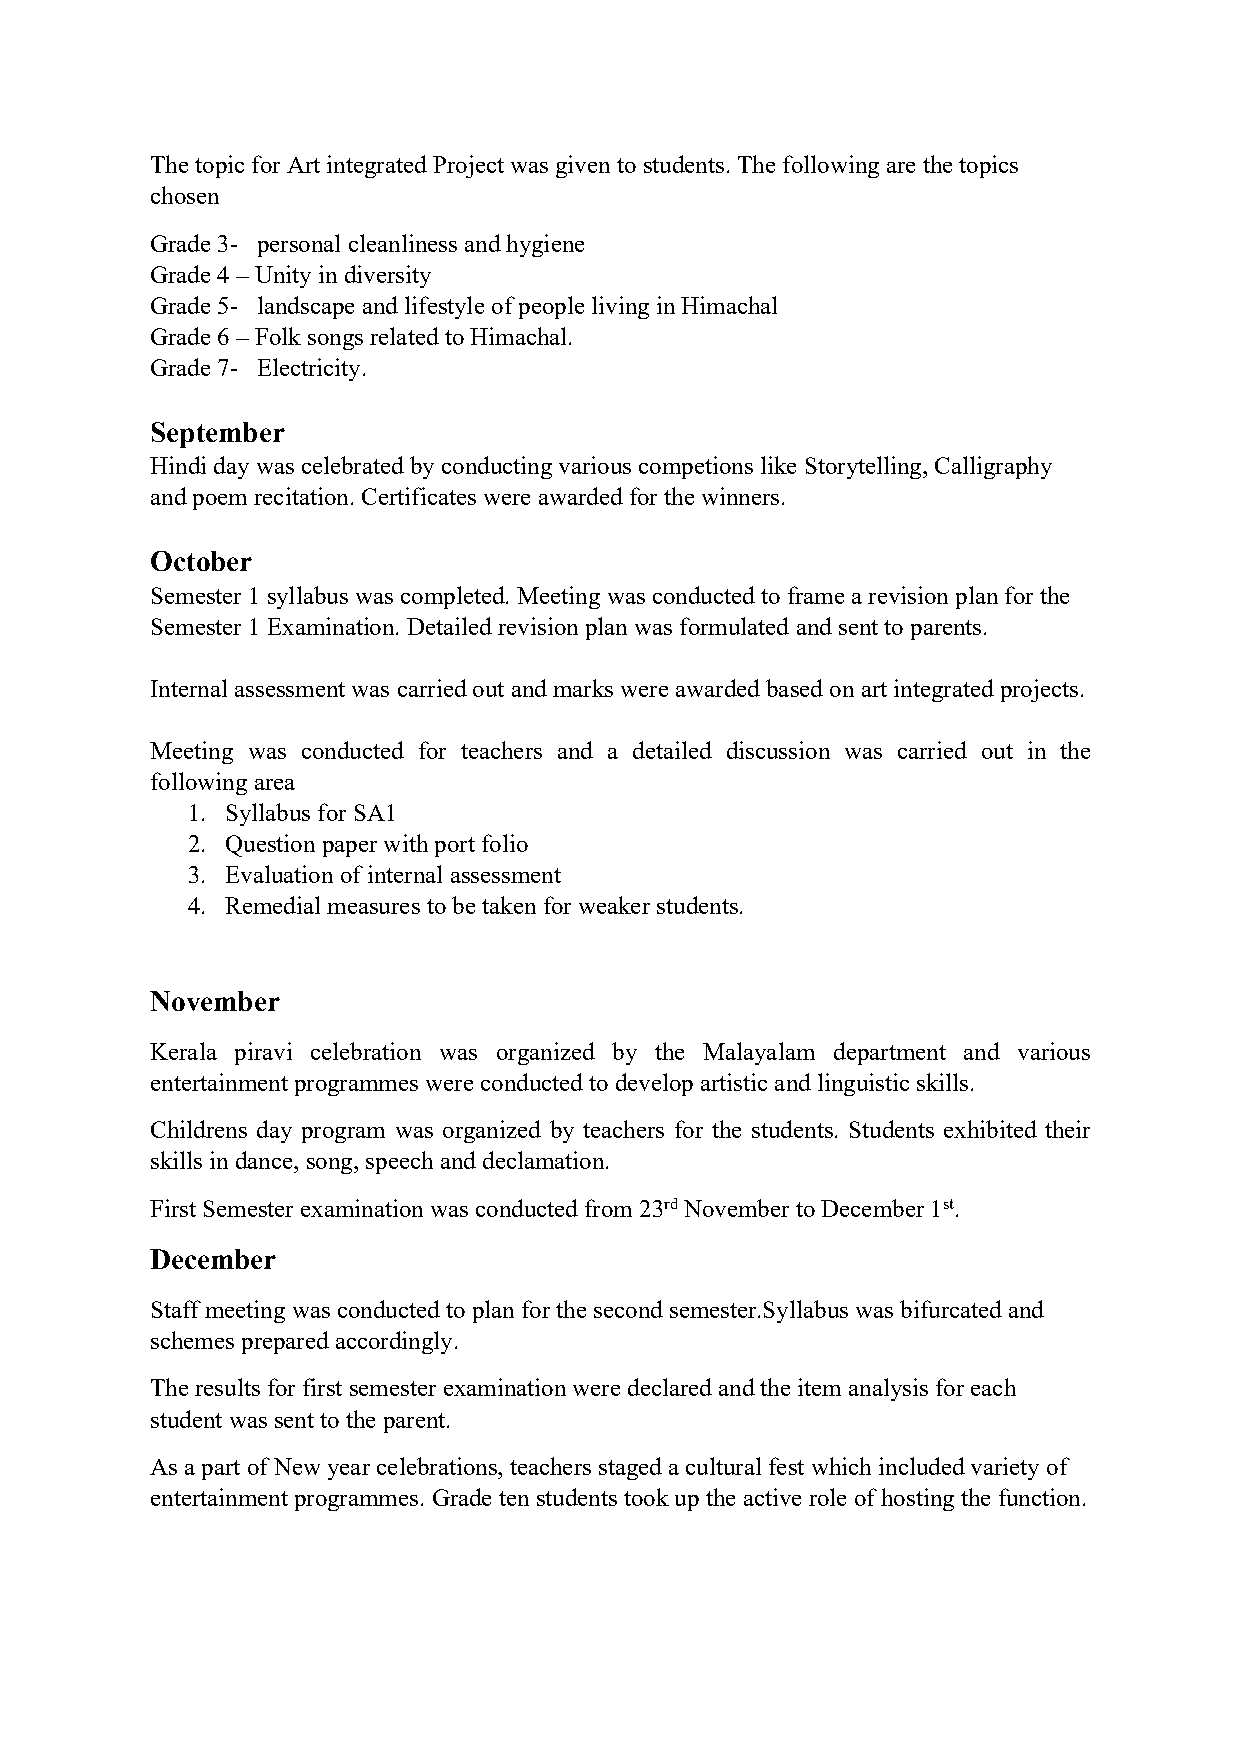
Thetopicfor Art integrated Project was given to students.The following are thetopics
 chosen
 Grade 3- personal cleanliness and hygiene
 Grade 4–Unity in diversity
 Grade 5- landscape and lifestyle ofpeople livingin Himachal
 Grade 6–Folk songs related to Himachal.
 Grade 7- Electricity.
 September
 Hindiday was celebrated byconducting various competions likeStorytelling, Calligraphy
 and poem recitation. Certificates were awarded for thewinners.
 October
 Semester1syllabus was completed. Meeting was conducted to frame arevision plan for the
 Semester1Examination. Detailed revision plan was formulated and sent toparents.
 Internal assessment was carried out and marks were awarded based onart integrated projects.
 Meeting was conducted for teachers and a detailed discussion was carried out in the
 following area
 1. Syllabus for SA1
 2. Question paper with port folio
 3. Evaluation ofinternal assessment
 4. Remedial measures tobetaken forweaker students.
 November
 Kerala piravi celebration was organized by the Malayalam department and various
 entertainment programmes were conducted todevelop artisticand linguisticskills.
 Childrens day program was organized by teachers for the students. Students exhibited their
 skillsin dance, song, speech and declamation.
 First Semester examination was conducted from 23rdNovember toDecember 1st.
 December
 Staffmeeting was conducted toplan for the second semester.Syllabus was bifurcated and
 schemes prepared accordingly.
 Theresults for first semester examinationwere declared and theitem analysis for each
 student was sent totheparent.
 As apart ofNew year celebrations, teachers staged acultural fest which included variety of
 entertainment programmes. Grade ten students tookupthe activerole ofhostingthe function.